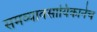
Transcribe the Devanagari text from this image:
समव्यावसायिकानेच